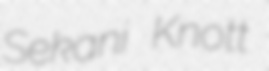
Sekani Knott